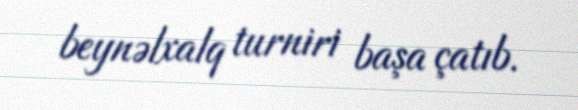
beynəlxalq turniri başa çatıb.